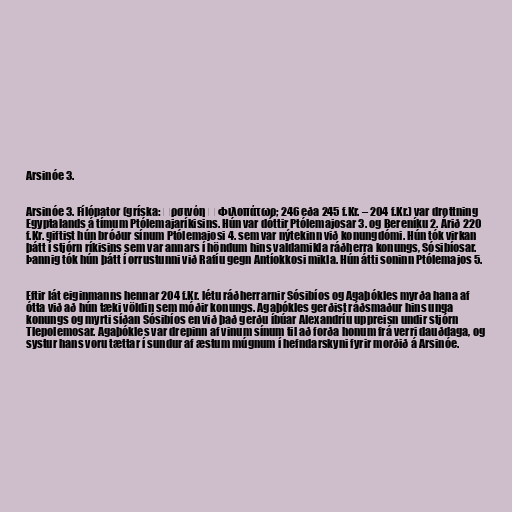
Arsinóe 3.

Arsinóe 3. Fílópator (gríska: Ἀρσινόη ἡ Φιλοπάτωρ; 246 eða 245 f.Kr. – 204 f.Kr.) var drottning
Egyptalands á tímum Ptólemajaríkisins. Hún var dóttir Ptólemajosar 3. og Bereníku 2. Árið 220
f.Kr. giftist hún bróður sínum Ptólemajosi 4. sem var nýtekinn við konungdómi. Hún tók virkan
þátt í stjórn ríkisins sem var annars í höndum hins valdamikla ráðherra konungs, Sósibíosar.
Þannig tók hún þátt í orrustunni við Rafíu gegn Antíokkosi mikla. Hún átti soninn Ptólemajos 5.

Eftir lát eiginmanns hennar 204 f.Kr. létu ráðherrarnir Sósibíos og Agaþókles myrða hana af
ótta við að hún tæki völdin sem móðir konungs. Agaþókles gerðist ráðsmaður hins unga
konungs og myrti síðan Sósibíos en við það gerðu íbúar Alexandríu uppreisn undir stjórn
Tlepolemosar. Agaþókles var drepinn af vinum sínum til að forða honum frá verri dauðdaga, og
systur hans voru tættar í sundur af æstum múgnum í hefndarskyni fyrir morðið á Arsinóe.